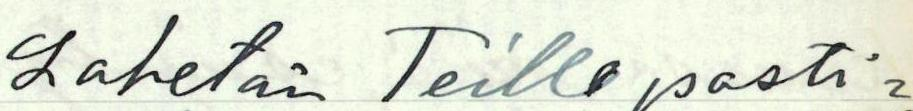
Lähetän Teille posti=